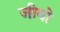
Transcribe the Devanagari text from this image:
जीबो